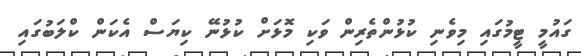
ގައުމީ ޓީމުގައި މިވެނި ކުޅުންތެރިން ވަކި މޮޅަށް ކުޅުނޭ ކިޔަސް އެކަން ކްލަބުގައި